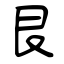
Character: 艮